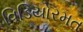
વિડિયોરમત